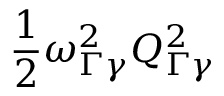
\frac { 1 } { 2 } \omega _ { \Gamma \gamma } ^ { 2 } Q _ { \Gamma \gamma } ^ { 2 }